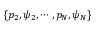
\{ p _ { 2 } , \psi _ { 2 } , \cdots , p _ { N } , \psi _ { N } \}